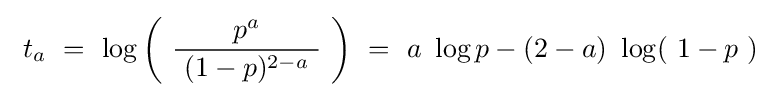
\ t_{a}\ =\ \log \left(\ {\frac {\ p^{a}\ }{\ (1-p)^{2-a}\ }}\ \right)\ =\ a\ \log p-(2-a)\ \log(\ 1-p\ )\